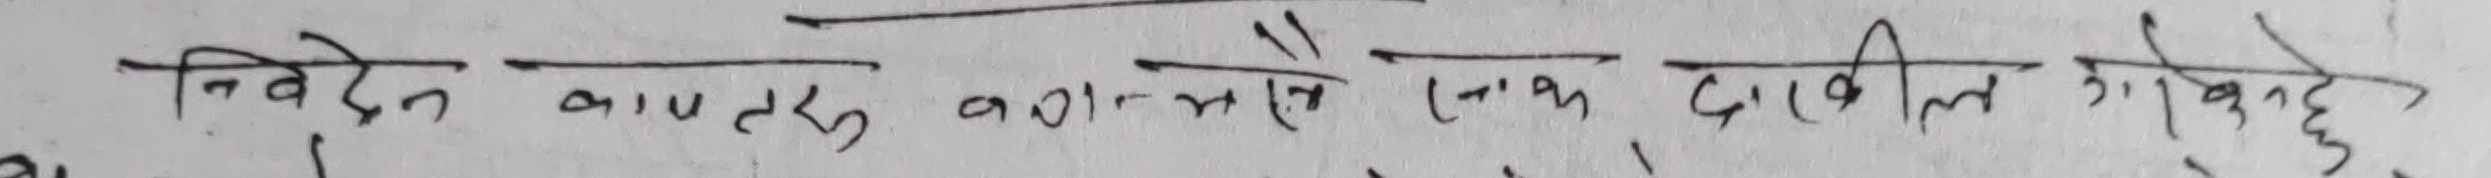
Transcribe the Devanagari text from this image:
निवेदन बमोजिम खानेपानीको लागि दर्ता गरी दिने